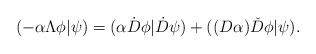
LaTeX: \begin{align*}(-\alpha\Lambda\phi|\psi)=(\alpha\dot{D}\phi|\dot{D}\psi)+((D\alpha)\check{D}\phi|\psi). \end{align*}